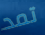
تمد